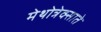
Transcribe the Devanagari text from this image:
मेथोत्रेक्साते